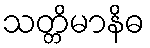
သတ္တိမာနိဓ